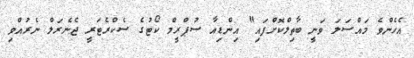
އެހެންވެ މައްސަލަ ވަނީ ބާތިލްކޮށްފައި" އިންޑިއާ ސުޕްރީމް ކޯޓުގެ ސެކްރެޓަރީ ޖެނެރަލް ނެރުއްވި